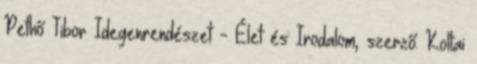
Pethő Tibor Idegenrendészet - Élet és Irodalom, szerző: Koltai